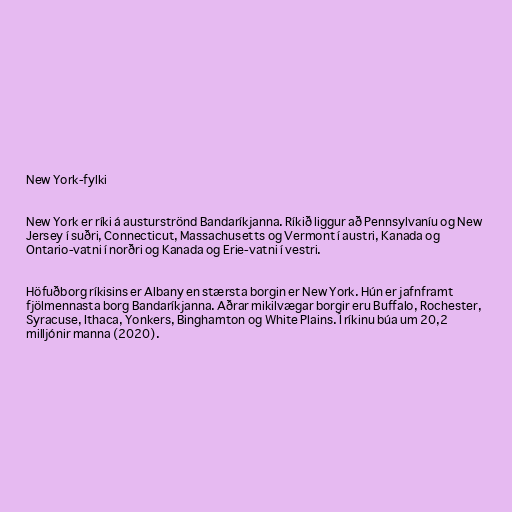
New York-fylki

New York er ríki á austurströnd Bandaríkjanna. Ríkið liggur að Pennsylvaníu og New
Jersey í suðri, Connecticut, Massachusetts og Vermont í austri, Kanada og
Ontario-vatni í norðri og Kanada og Erie-vatni í vestri.

Höfuðborg ríkisins er Albany en stærsta borgin er New York. Hún er jafnframt
fjölmennasta borg Bandaríkjanna. Aðrar mikilvægar borgir eru Buffalo, Rochester,
Syracuse, Ithaca, Yonkers, Binghamton og White Plains. Í ríkinu búa um 20,2
milljónir manna (2020).